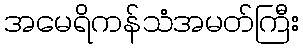
အမေရိကန်သံအမတ်ကြီး